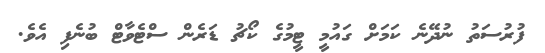
ފުރުސަތު ނުދޭނެ ކަމަށް ގައުމީ ޓީމުގެ ކޯޗު ޑަރެން ސްޓެވާޓް ބުނެފި އެވެ.